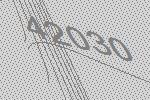
42030